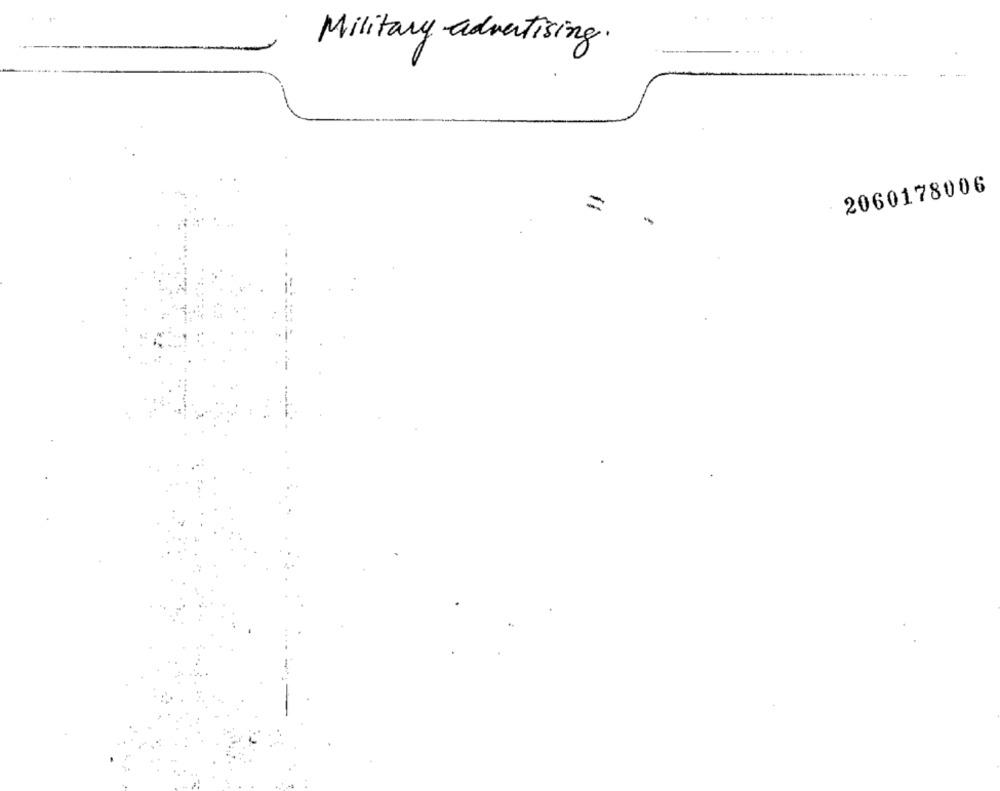
Military advertising.
2060178006
=
-